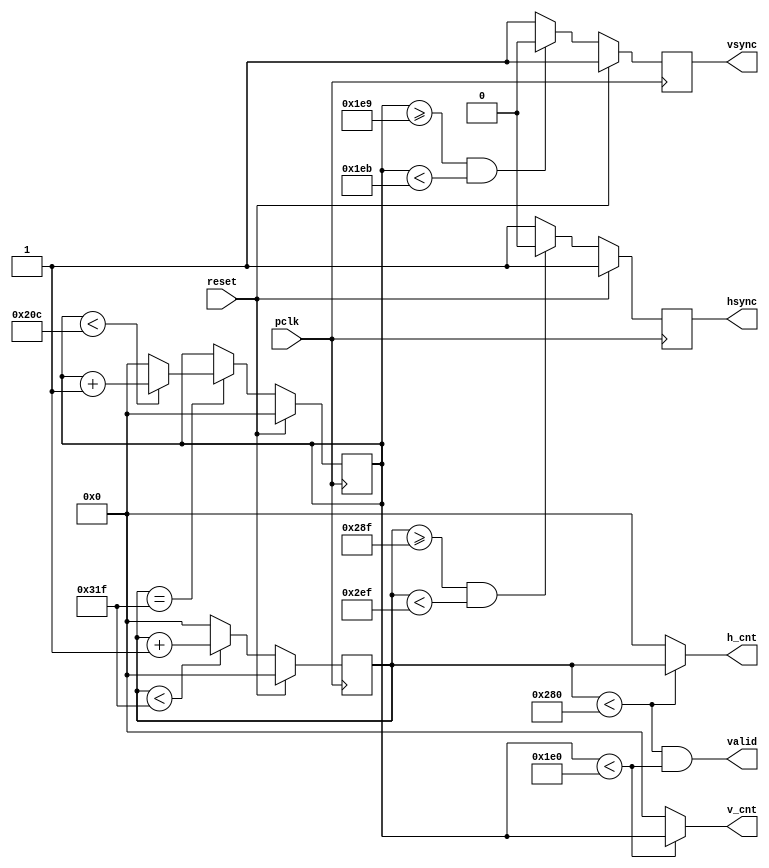
`timescale 1ns / 1ps

module vga_controller 
  (
    input wire pclk,reset,
    output wire hsync,vsync,valid,
    output wire [9:0]h_cnt,
    output wire [9:0]v_cnt
    );
    
    reg [9:0]pixel_cnt;
    reg [9:0]line_cnt;
    reg hsync_i,vsync_i;
    wire hsync_default, vsync_default;
    wire [9:0] HD, HF, HS, HB, HT, VD, VF, VS, VB, VT;

   
    assign HD = 640;
    assign HF = 16;
    assign HS = 96;
    assign HB = 48;
    assign HT = 800; 
    assign VD = 480;
    assign VF = 10;
    assign VS = 2;
    assign VB = 33;
    assign VT = 525;
    assign hsync_default = 1'b1;
    assign vsync_default = 1'b1;
     
    always@(posedge pclk)
        if(reset)
            pixel_cnt <= 0;
        else if(pixel_cnt < (HT - 1))
                pixel_cnt <= pixel_cnt + 1;
             else
                pixel_cnt <= 0;

    always@(posedge pclk)
        if(reset)
            hsync_i <= hsync_default;
        else if((pixel_cnt >= (HD + HF - 1))&&(pixel_cnt < (HD + HF + HS - 1)))
                hsync_i <= ~hsync_default;
            else
                hsync_i <= hsync_default; 
    
    always@(posedge pclk)
        if(reset)
            line_cnt <= 0;
        else if(pixel_cnt == (HT -1))
                if(line_cnt < (VT - 1))
                    line_cnt <= line_cnt + 1;
                else
                    line_cnt <= 0;
                    
    always@(posedge pclk)
        if(reset)
            vsync_i <= vsync_default; 
        else if((line_cnt >= (VD + VF - 1))&&(line_cnt < (VD + VF + VS - 1)))
            vsync_i <= ~vsync_default; 
        else
            vsync_i <= vsync_default; 
                    
    assign hsync = hsync_i;
    assign vsync = vsync_i;
    
    //If Valid in the Screen
    assign valid = ((pixel_cnt < HD) && (line_cnt < VD));
    
    //Keep Track of Pixels
    assign h_cnt = (pixel_cnt < HD) ? pixel_cnt:10'd0;
    assign v_cnt = (line_cnt < VD) ? line_cnt:10'd0;
           
endmodule